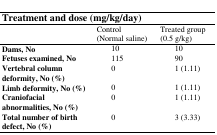
<table><thead><tr><td colspan="3"><b>Treatment and dose (mg/kg/day)</b></td></tr><tr><td></td><td><b>Control(Normal saline)</b></td><td><b>Treated group(0.5 g/kg)</b></td></tr></thead><tbody><tr><td><b>Dams, No</b></td><td>10</td><td>10</td></tr><tr><td><b>Fetuses examined, No</b></td><td>115</td><td>90</td></tr><tr><td><b>Vertebral column deformity, No (%)</b></td><td>0</td><td>1 (1.11)</td></tr><tr><td><b>Limb deformity, No (%)</b></td><td>0</td><td>1 (1.11)</td></tr><tr><td><b>Craniofacial abnormalities, No (%)</b></td><td>0</td><td>1 (1.11)</td></tr><tr><td><b>Total number of birth defect, No (%)</b></td><td>0</td><td>3 (3.33)</td></tr></tbody></table>